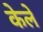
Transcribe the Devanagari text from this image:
केले